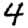
Digit: 4